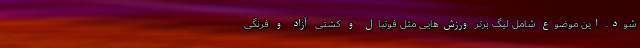
شود. این موضوع شامل لیگ برتر ورزش‌هایی مثل فوتبال و کشتی آزاد و فرنگی